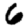
Digit: 6